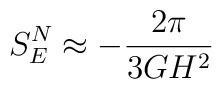
S_E^N\approx-{2\pi\over 3 GH^2}